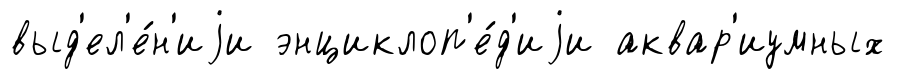
выд'ел'е́н'иjи энциклоп'е́д'иjи аквар'иумных